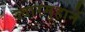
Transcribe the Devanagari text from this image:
ज्वारमुहानें